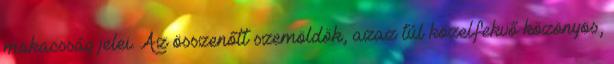
makacsság jelei. Az összenőtt szemöldök, azaz túl közelfekvő közönyös,